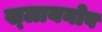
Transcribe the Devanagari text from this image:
ख्लायनोव